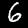
Digit: 6